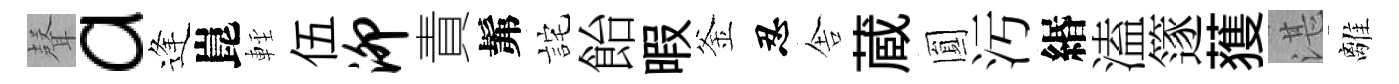
𮋻a逢崑䡖伍泖責髴詫飴暇釜忍舎蔵圎汚緡溘篴𫉬湛離